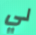
لي